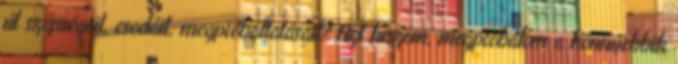
út szépségeit, csodáit, megpróbáltatásait? Azt hiszem, megpróbálom a könnyebbik